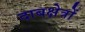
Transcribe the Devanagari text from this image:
दाबक्षेत्रों